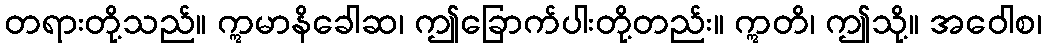
တရားတို့သည်။ ဣမာနိခေါဆ၊ ဤခြောက်ပါးတို့တည်း။ ဣတိ၊ ဤသို့။ အဝေါစ၊